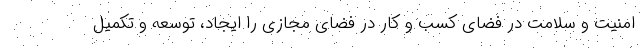
امنیت و سلامت در فضای کسب و کار در فضای مجازی را ایجاد، توسعه و تکمیل